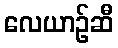
လေယာဉ်ဆီ